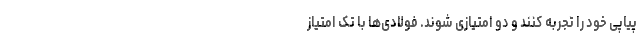
پیاپی خود را تجربه کنند و دو امتیازی شوند. فولادی‌ها با تک امتیاز